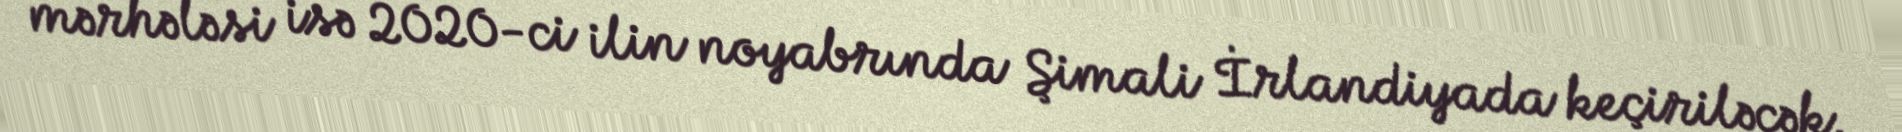
mərhələsi isə 2020-ci ilin noyabrında Şimali İrlandiyada keçiriləcək.